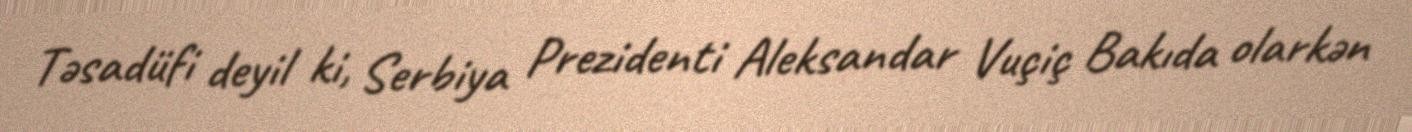
Təsadüfi deyil ki, Serbiya Prezidenti Aleksandar Vuçiç Bakıda olarkən